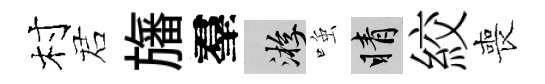
村诺旛羣游𫪻睛絞喪